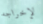
لإخراجه